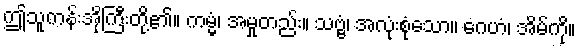
ဤသူကန်းအိုကြီးတို့၏။ ကမ္မံ၊ အမှုတည်း။ သဗ္ဗံ၊ အလုံးစုံသော။ ဂေဟံ၊ အိမ်ကို။